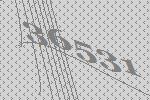
36531